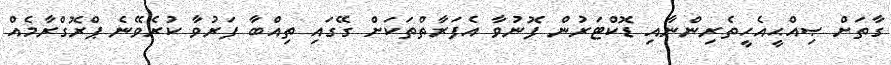
ގާތަށް ޞިއްޙީއެހީތެރިންނާއި ޑޮކްޓަރުން ފޮނުވާ އެފަރާތްތަކަށް ގޭގައި ތިއްބާ ފަރުވާ ކުރެވޭނެ ޕްރޮގްރާމެއް